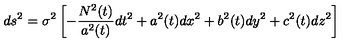
d s ^ { 2 } = \sigma ^ { 2 } \left[ - \frac { N ^ { 2 } ( t ) } { a ^ { 2 } ( t ) } d t ^ { 2 } + a ^ { 2 } ( t ) d x ^ { 2 } + b ^ { 2 } ( t ) d y ^ { 2 } + c ^ { 2 } ( t ) d z ^ { 2 } \right]